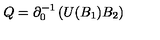
Q = \partial _ { 0 } ^ { - 1 } \left( U ( B _ { 1 } ) B _ { 2 } \right)